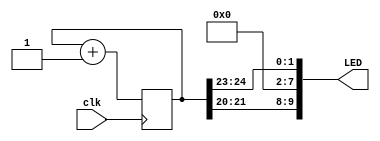
module blinking_led (
	input clk,
	output [9:0] LED
);

reg [24:0] cnt;

initial begin
cnt <= 32'h00000000;
end

always @ (posedge clk) begin
cnt <= cnt + 1;
end

assign LED[1:0] = cnt[24:23];
assign LED[9:8] = cnt[21:20];
//assign LED[9:1] = 9'b101010101;
assign LED[7:2] = 8'b000000000;

endmodule